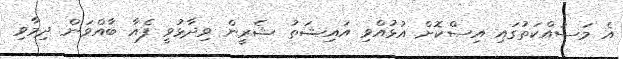
އެ މަސައްކަތުގައި އިސްކޮށް އުޅުއްވި އައިޝަތު ޝެރީން ވިދާޅުވީ ފެއާ ބާއްވަން ދިމާވި